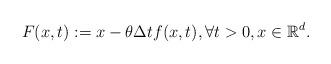
LaTeX: \begin{align*}F(x,t):=x-\theta\Delta tf(x,t), \forall t>0, x\in\mathbb{R}^d.\end{align*}